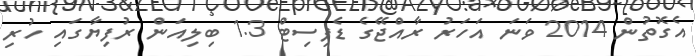
އެގޮތުން 2014 ވަނަ އަހަރު ރާއްޖޭގެ ޑެފިސިޓް 1.3 ބިލިއަން ރުފިޔާގައި ހުރި